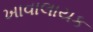
ખાવાલાયક